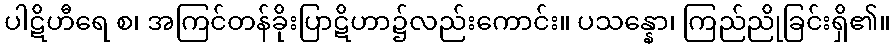
ပါဋိဟီရေ စ၊ အကြင်တန်ခိုးပြာဋိဟာ၌လည်းကောင်း။ ပသန္နော၊ ကြည်ညိုခြင်းရှိ၏။